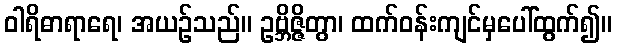
ဝါရိဓာရာရေ၊ အယဉ်သည်။ ဥဗ္ဘိဇ္ဇိတွာ၊ ထက်ဝန်းကျင်မှပေါ်ထွက်၍။